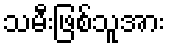
သမီးဖြစ်သူအား